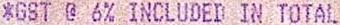
*GST @ 6% INCLUDED IN TOTAL